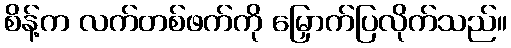
စိန့်က လက်တစ်ဖက်ကို မြှောက်ပြလိုက်သည်။